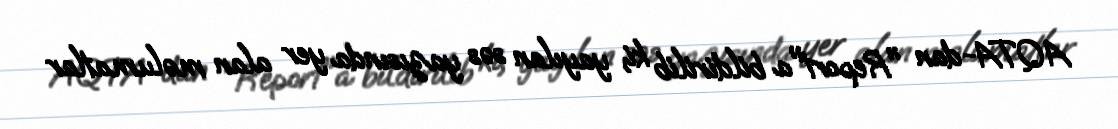
AQTA-dan "Report"a bildirilib ki, yayılan səs yazısında yer alan məlumatlar